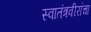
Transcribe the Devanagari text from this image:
स्वातंत्रवीरांचा